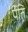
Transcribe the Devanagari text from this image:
पेति